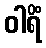
ဝါရိံ